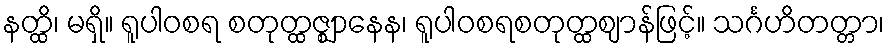
နတ္ထိ၊ မရှိ။ ရူပါဝစရ စတုတ္ထဇ္ဈာနေန၊ ရူပါဝစရစတုတ္ထဈာန်ဖြင့်။ သင်္ဂဟိတတ္တာ၊